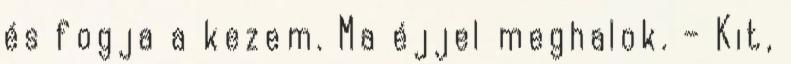
és fogja a kezem. Ma éjjel meghalok. – Kit,